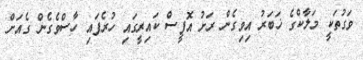
ވަގުތަކީ މަލާކްގެ ޚަބަރު އިވިގެން ރަށު އޮފީސް ކައިރީގައި ހުރެފައި ހާސްވެގެން ގެއަށް